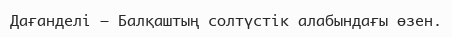
Дағанделі – Балқаштың солтүстік алабындағы өзен.